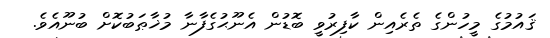
ޤައުމުގެ މީހުންގެ ތެރެއިން ކާފިރުވީ ބޮޑުން އެނޫޙުގެފާނާ މުޚާޠަބުކޮށް ބުނޫއެވެ.